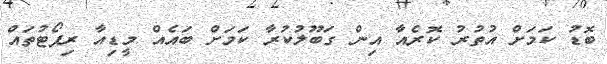
ބޮޑު ކަމަށް އުތުރު ކޮރެއާ އިން ގަބޫލުކުރާ ކަމަށް ބައެއް މީޑިއާ ރިޕޯޓުތައް